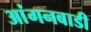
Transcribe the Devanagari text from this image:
आंगनबाडी